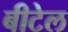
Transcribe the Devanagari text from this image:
बीटेल